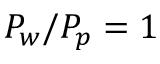
P _ { w } / P _ { p } = 1